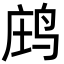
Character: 𪉉